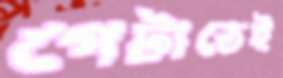
পেটাতেই